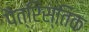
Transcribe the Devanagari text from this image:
पैत्रिस्तिक